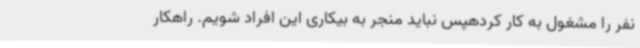
نفر را مشغول به کار کردهپس نباید منجر به بیکاری این افراد شویم. راهکار